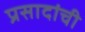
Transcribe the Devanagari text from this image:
प्रसादांची